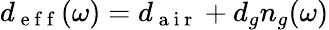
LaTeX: d_{\mathrm{~e~f~f~}}(\omega)=d_{\mathrm{~a~i~r~}}+d_{g}n_{g}(\omega)